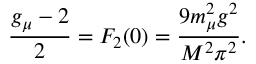
\frac { g _ { \mu } - 2 } { 2 } = F _ { 2 } ( 0 ) = \frac { 9 m _ { \mu } ^ { 2 } g ^ { 2 } } { M ^ { 2 } \pi ^ { 2 } } .